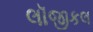
લૉજીકલ